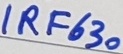
Text: IRF630